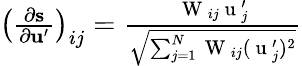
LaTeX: \begin{array}{r}{\left(\frac{\partial\mathbf{s}}{\partial\mathbf{u}^{\prime}}\right)_{ij}=\frac{\mathrm{~W~}_{ij}\mathrm{~u~}_{j}^{\prime}}{\sqrt{\sum_{j=1}^{N}\mathrm{~W~}_{ij}(\mathrm{~u~}_{j}^{\prime})^{2}}}}\end{array}